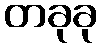
တခုခု